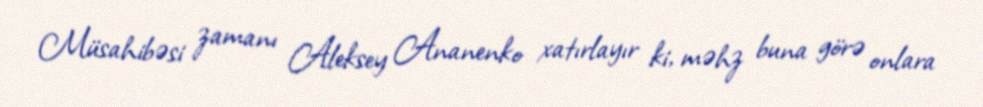
Müsahibəsi zamanı Aleksey Ananenko xatırlayır ki, məhz buna görə onlara